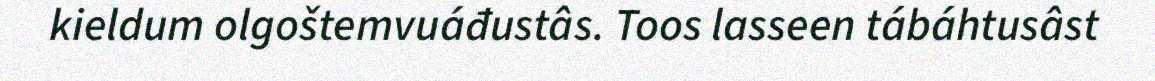
kieldum olgoštemvuáđustâs. Toos lasseen tábáhtusâst